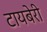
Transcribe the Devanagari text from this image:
टायबेरी